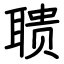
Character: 聩